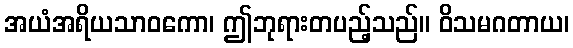
အယံအရိယသာဝကော၊ ဤဘုရားတပည့်သည်။ ဝိသမဂတာယ၊